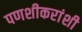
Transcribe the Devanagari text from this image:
पणशीकरांशी